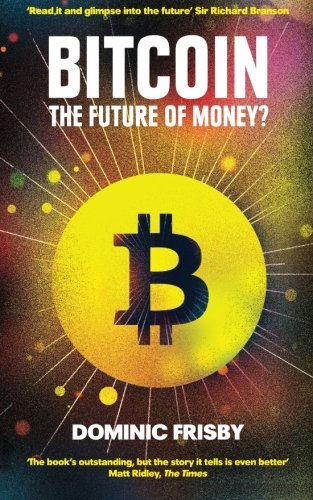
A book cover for Bitcoin: The future of money?; Dominic Frisby; Computers & Technology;